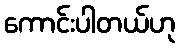
ကောင်းပါတယ်ဟု